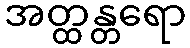
အတ္ထန္တရော